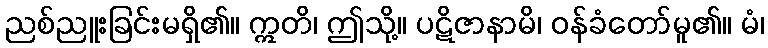
ညစ်ညူးခြင်းမရှိ၏။ ဣတိ၊ ဤသို့။ ပဋိဇာနာမိ၊ ဝန်ခံတော်မူ၏။ မံ၊